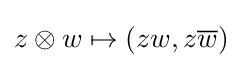
z\otimes w\mapsto (zw,z{\overline {w}})